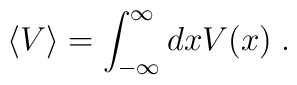
\left<V\right>=\int_{-\infty}^\infty dx V(x)\;.